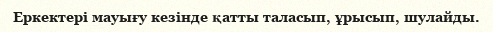
Еркектері мауығу кезінде қатты таласып, ұрысып, шулайды.